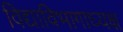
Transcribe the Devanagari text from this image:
विद्याविभागाध्यक्ष